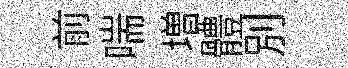
前喘増體別